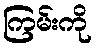
ကြမ်းကို